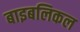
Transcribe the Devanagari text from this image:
बाइबलिकल